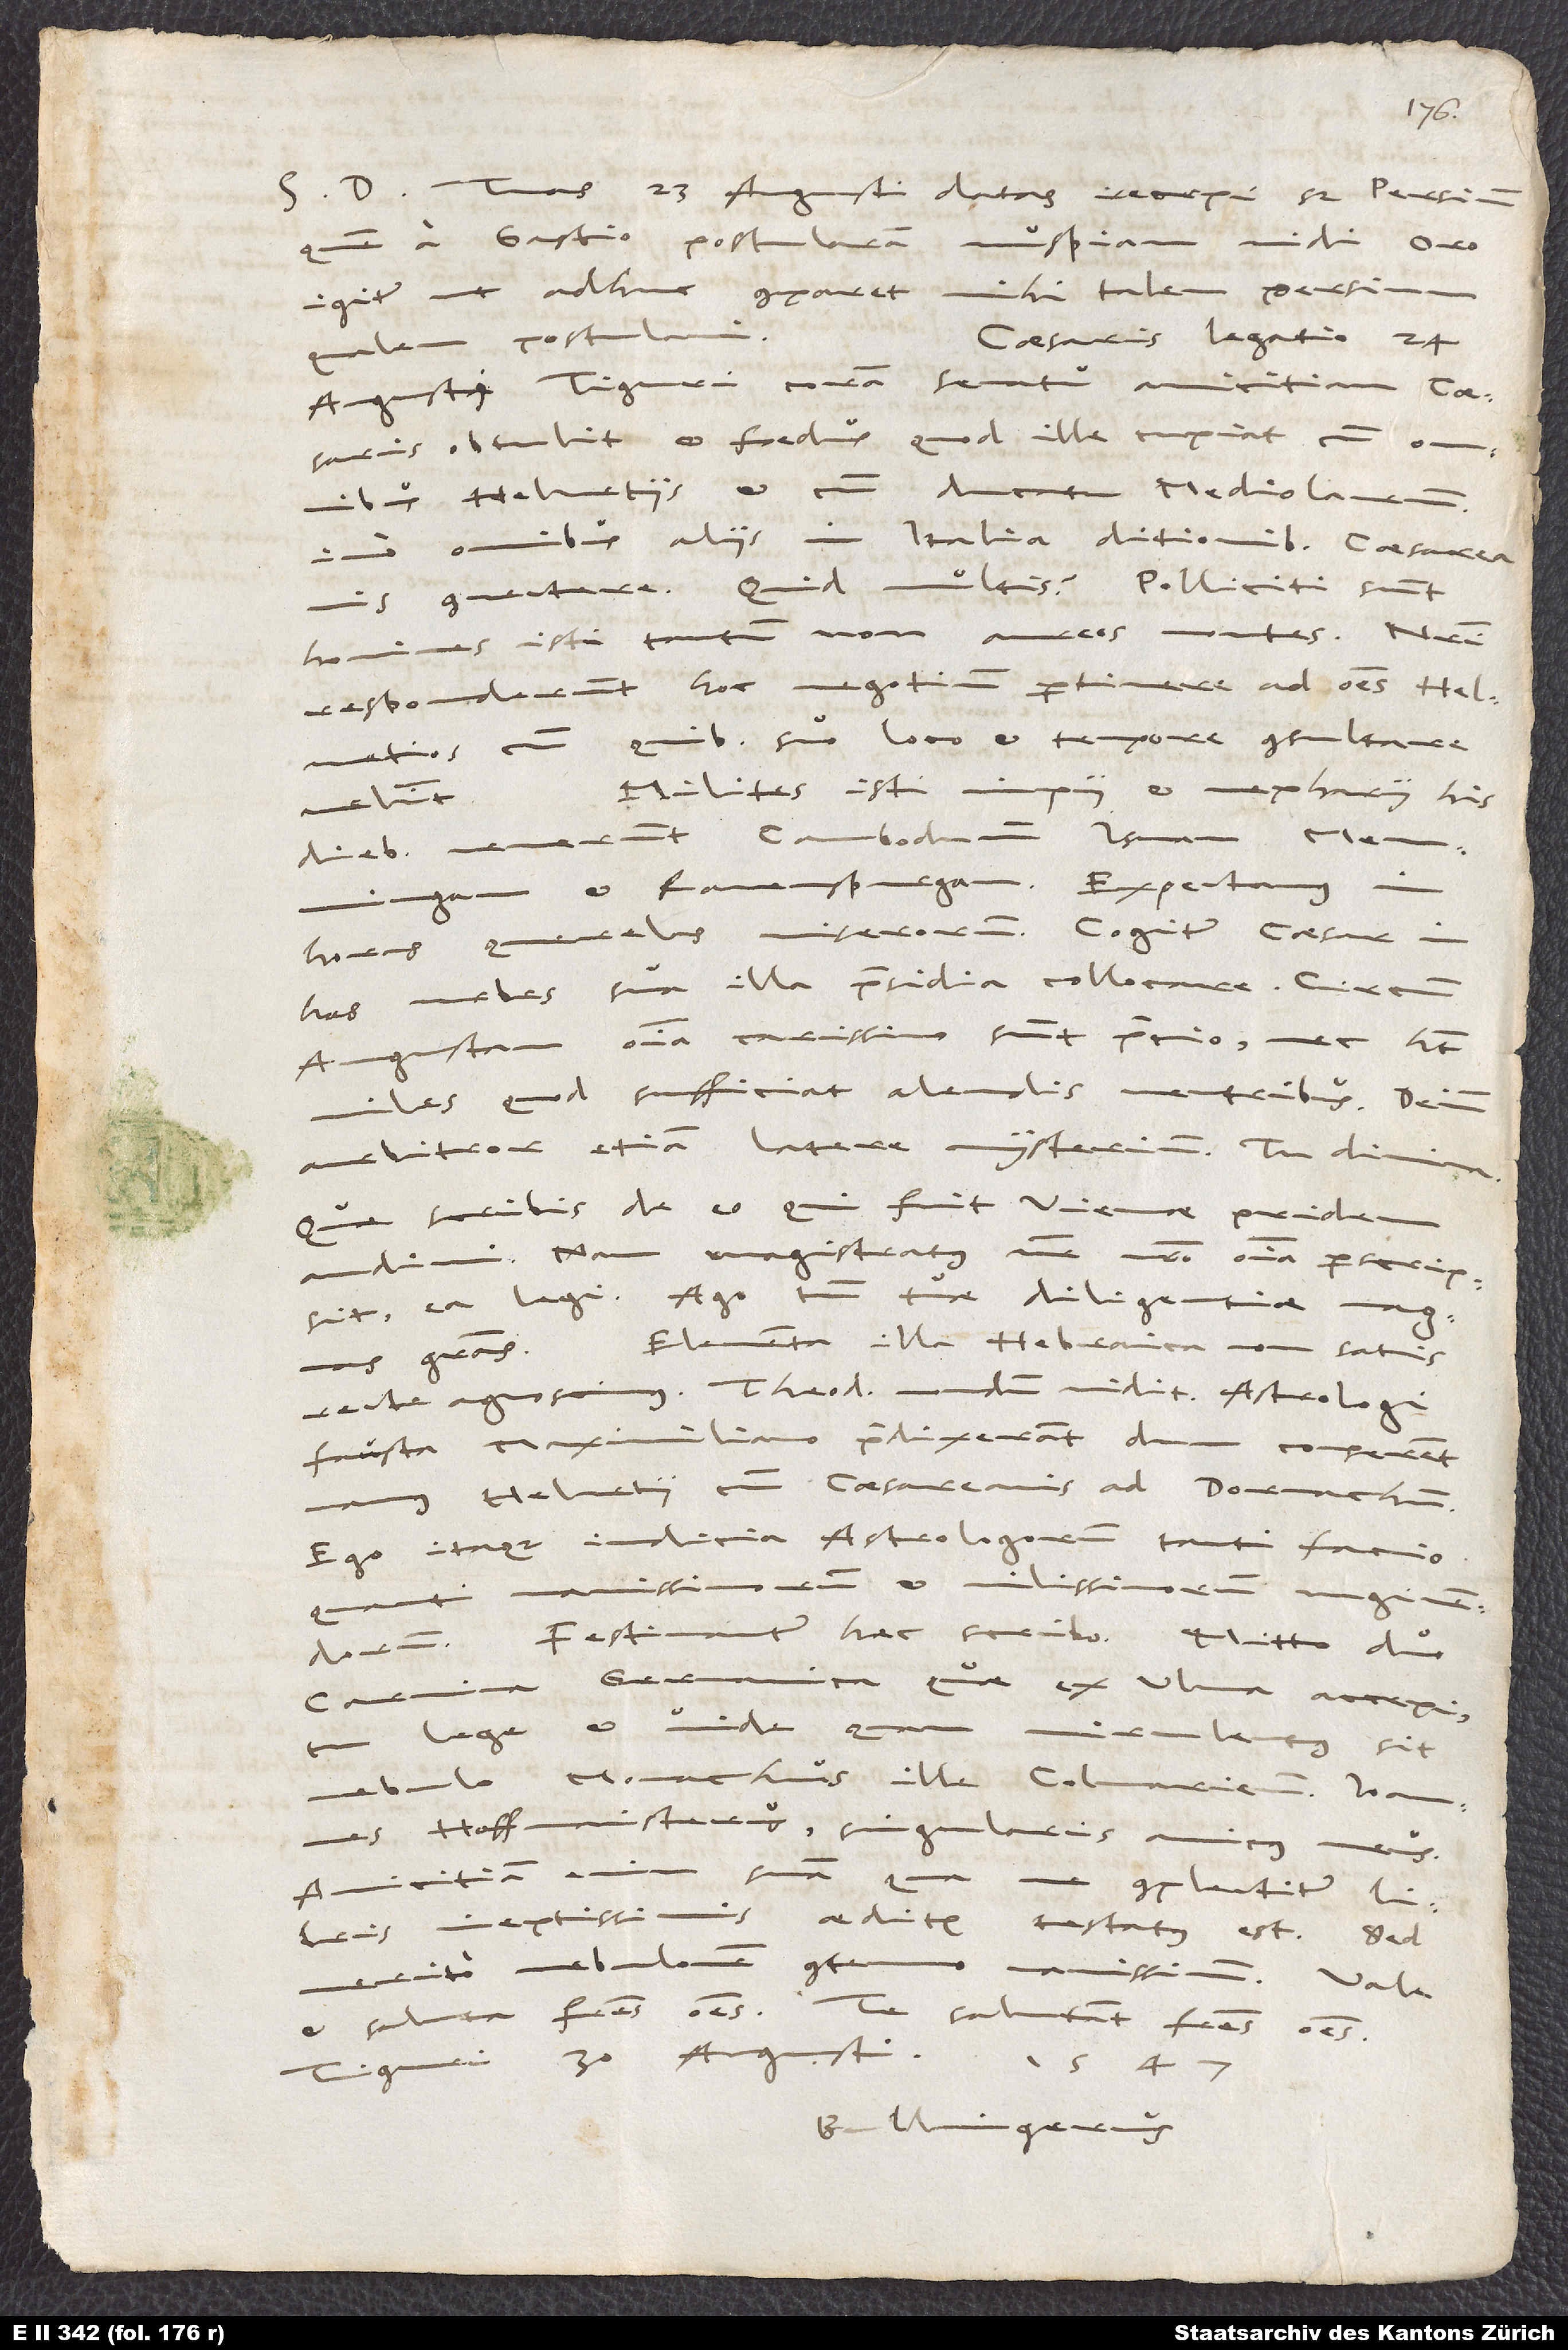
D. Tuas 23. augusti datas recepi, sed Persium,
quem a Gastio postularem, nuspiam vidi. Oro
igitur, ut adhuc comparet mihi talem Persium,
Caesaris legatio 24.
qualem postulavi.
augusti Tiguri coram senatu amicitiam caesaris
obtulit et foedus, quod ille cupiat cum omnibus
Helvetiis et cum ducatu Mediolarum,
imo omnibus aliis in Italia ditionibus caesareanis
connectere. Quid multis? Polliciti sunt
homines isti tantum non aureos montes! Nostri
responderunt hoc negotium pertinere ad omnes Helvetios,
cum quibus suo loco et tempore consultare
Milites isti impii
et nepharii his
velint.
diebus venerunt Cambodunum, Isnam, Memmingam
Ravenspurgam. Expectamus in
horas querelas miserorum. Cogitur caesar in
has urbes sua illa praesidia collocare. Circum
Augustam omnia carissimo sunt precio, nec habet
miles, quod sufficiat alendis ventribus. Deinde
arbitror etiam latere mysterium. Tu divina.
Quae scribis de eo, qui fuit Viennae, pridem
audivi, nam magistratus vester nostro omnia perscripsit.
Ea legi. Ago tamen tuae diligentiae magnas
Elementa illa Hebraica non satis
gratias.
recte agnoscimus. Theodorus nondum vidit. Astrologi
fausta Maximiliano praedixerant, dum conserent
Helvetii cum caesareanis ad Dornachum.
Ego itaque iudicia astrologorum tanti facio,
vanissimorum et vilissimorum nugivendorum.
carmina Germanica, quae ex Ulma accepi.
lege et vide, quam virulentus sit
nebulo monachus ille Colmariensis Ioannes
Hoffmaiste rus, singularis amicus meus!
suam, qua me complectitur, libris
Amicitiam
ineptissimis aeditis testatus est. Sed
merito nebulonem contemno vanissimum.
et saluta fratres omnes. Te salutant fratres omnes.
Tiguri, 30. augusti 1547.
Bullingerus.